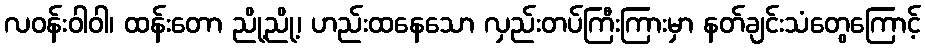
လဝန်းဝါဝါ၊ ထန်းတော ညို့ညို့၊ ဟည်းထနေသော လှည်းတပ်ကြီးကြားမှာ နတ်ချင်းသံတွေကြောင့်